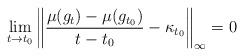
LaTeX: \begin{align*} \lim_{t \rightarrow t_0} \left\| \frac{\mu(g_t)-\mu(g_{t_0})}{t-t_0} - \kappa_{t_0} \right\|_\infty =0 \end{align*}